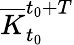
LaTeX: \overline{{K}}_{t_{0}}^{t_{0}+T}